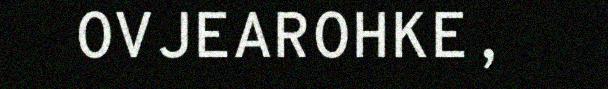
OVJEAROHKE,